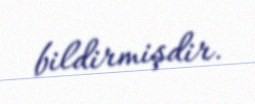
bildirmişdir.